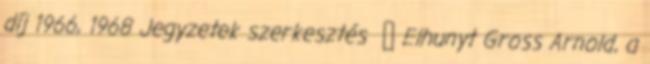
díj 1966, 1968 Jegyzetek szerkesztés ↑ Elhunyt Gross Arnold, a